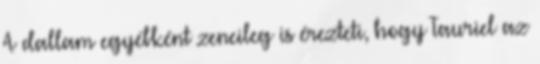
A dallam egyébként zeneileg is érezteti, hogy Tauriel az